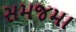
સમજમા